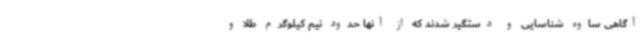
آگاهی ساوه شناسایی و دستگیر شدند که از آنها حدود نیم کیلوگرم طلا و